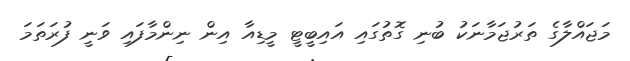
މަޖައްލާގެ ތަރުޖަމާނަކު ބުނި ގޮތުގައި އައިބީޓީ މީޑިއާ އިން ނިންމާފައި ވަނީ ފުރަތަމަ